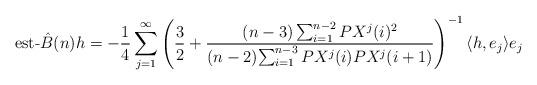
LaTeX: \begin{align*}\mbox{est-} \hat{B}(n) h = - \frac{1}{4} \sum_{j=1} ^\infty { \left( \frac{3}{2} + \frac{(n-3) \sum_{i=1} ^{n-2} { PX^j(i) ^2}}{ (n-2) {\sum_{i=1}^{n-3} { PX^j(i) PX^j(i+1)}}} \right)^{-1} \langle h,e_j \rangle e_j }\end{align*}